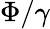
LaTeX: \Phi/\gamma